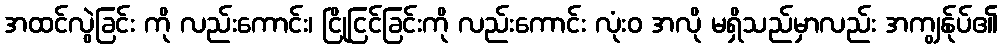
အထင်လွဲခြင်း ကို လည်းကောင်း၊ ငြိုငြင်ခြင်းကို လည်းကောင်း လုံးဝ အလို မရှိသည်မှာလည်း အကျွန်ုပ်၏